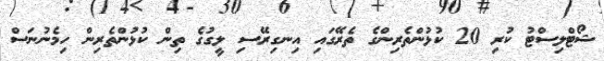
ޝޯޓްލިސްޓު ކުރި 20 ކުޅުންތެރިންގެ ތެރޭގައި އިނގިރޭސި ލީގުގެ ތިން ކުޅުންތެރިން ހިމެނުނަސް